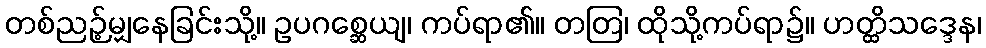
တစ်ညဉ့်မျှနေခြင်းသို့။ ဥပဂစ္ဆေယျ၊ ကပ်ရာ၏။ တတြ၊ ထိုသို့ကပ်ရာ၌။ ဟတ္ထိသဒ္ဒေန၊